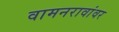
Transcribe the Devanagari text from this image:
वामनरावांवर